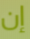
إن